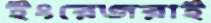
ইংরেজরাই